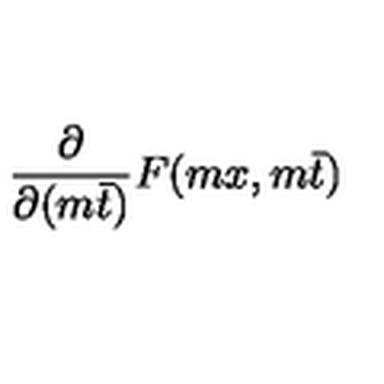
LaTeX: \frac { \partial } { \partial ( m \bar { t } ) } F ( m x , m \bar { t } )